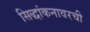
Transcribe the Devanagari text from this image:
सिद्धांकनावरची